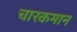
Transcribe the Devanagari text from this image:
चारकमान